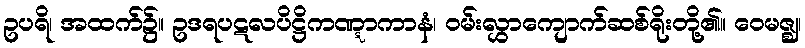
ဥပရိ၊ အထက်၌။ ဥဒရပဋလပိဋ္ဌိကဏ္ဋာကာနံ၊ ဝမ်းလွှာကျောက်ဆစ်ရိုးတို့၏။ ဝေမဇ္ဈ၊